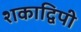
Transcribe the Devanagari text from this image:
शकाद्विपी